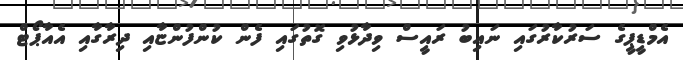
އެމްޑީޕީގެ ސަރުކާރުގައި ނައިބު ރައީސް ވިދާޅުވި ގޮތުގައި ފެން ކުންފުންޏާއި ދިރާގާއި އެއާޕޯޓް